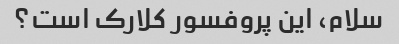
سلام، این پروفسور کلارک است؟